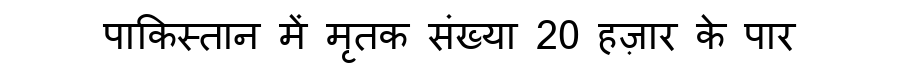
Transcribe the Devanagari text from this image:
पाकिस्तान में मृतक संख्या 20 हज़ार के पार